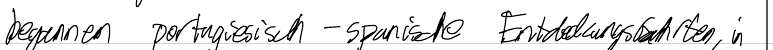
begannen portugiesisch-spanische Entdeckungsfahrten, in